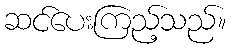
ဆင်ပေးကြည့်သည်။